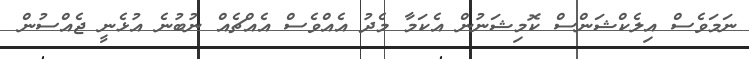
ނަމަވެސް އިލެކްޝަންސް ކޮމިޝަނުން އެކަމާ މެދު އެއްވެސް އެއްޗެއް ނުބުނެ އުޅެނީ ޖެއްސުން